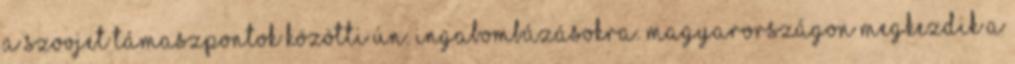
a szovjet támaszpontok közötti ún. ingabombázásokra. Magyarországon megkezdik a